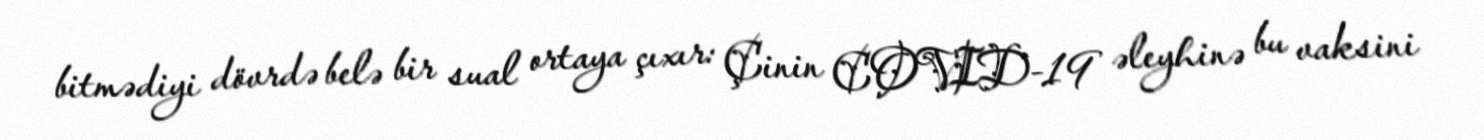
bitmədiyi dövrdə belə bir sual ortaya çıxır: Çinin COVID-19 əleyhinə bu vaksini